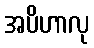
အပိဟာလု